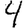
Digit: 4